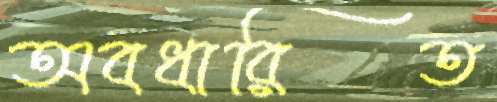
অবধারিত